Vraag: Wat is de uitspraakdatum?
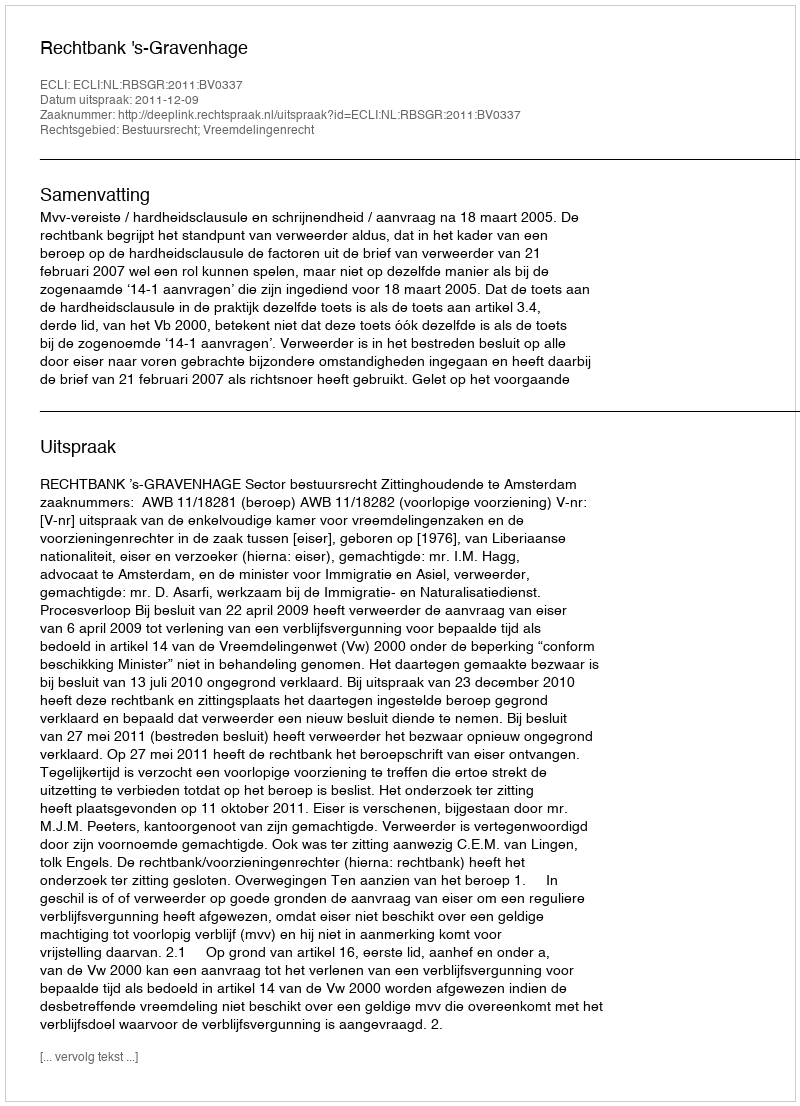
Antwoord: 2011-12-09